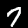
Label: 7